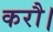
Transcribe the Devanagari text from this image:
करौ।